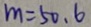
m = 5 0 . 6